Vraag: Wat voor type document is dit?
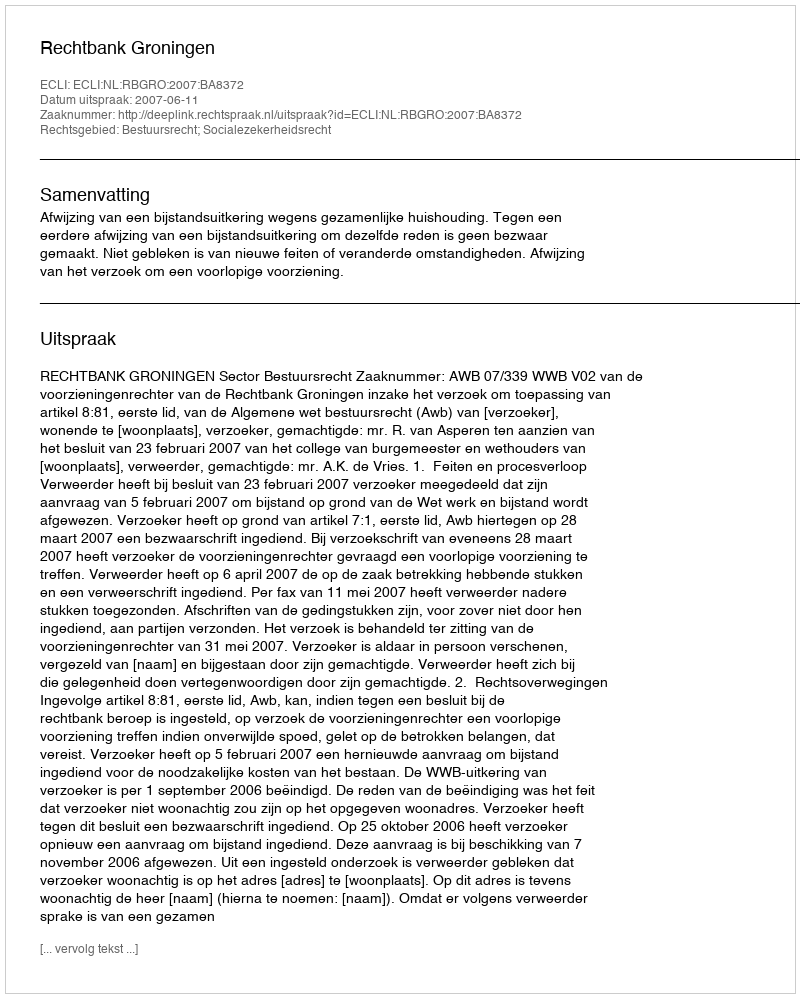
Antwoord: Uitspraak